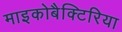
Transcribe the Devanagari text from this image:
माइकोबैक्टिरिया